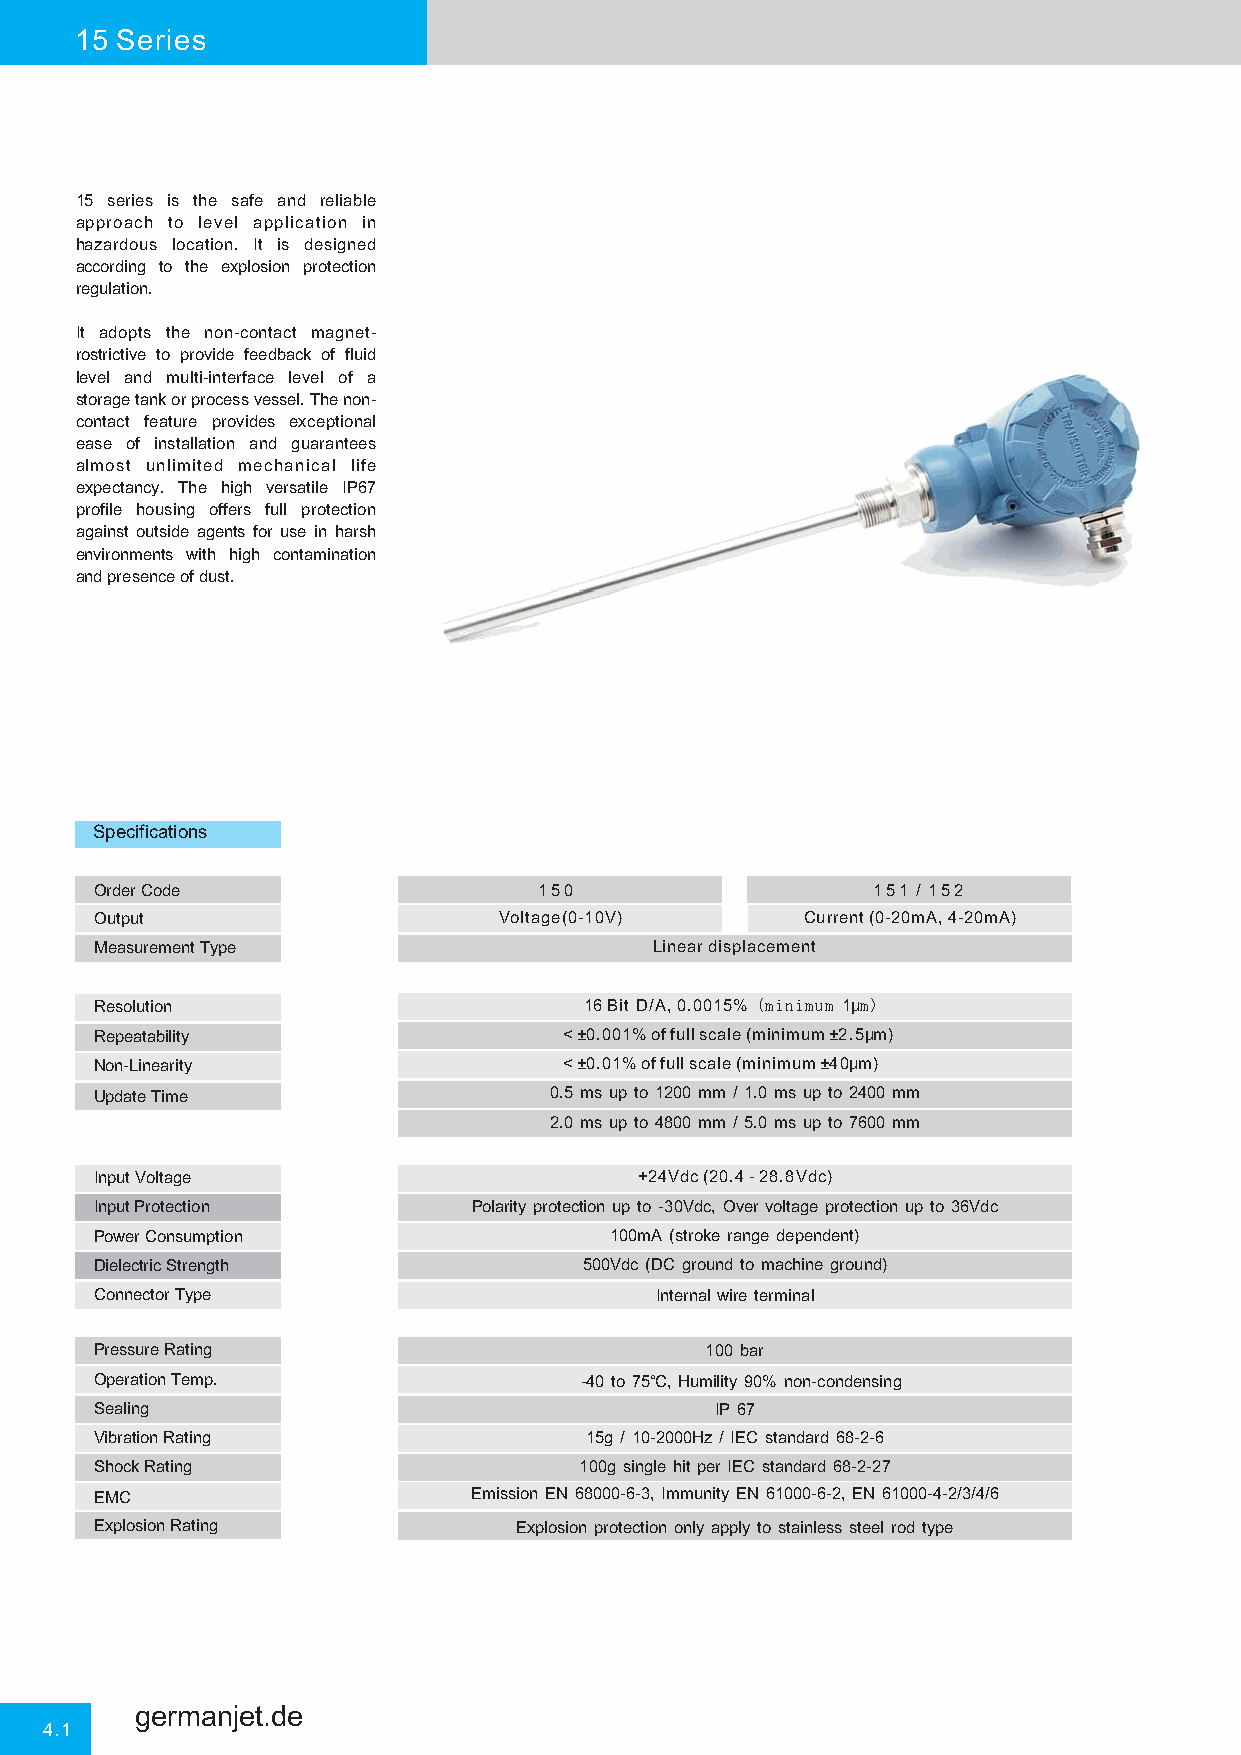
15 Series
 15 series is the safe and reliable
 approach to level application in
 hazardous location. It is designed
 according to the explosion protection
 regulation.
 It adopts the non-contact magnet-
 rostrictive to provide feedback of fluid
 level and multi-interface level of a
 storagetankorprocessvessel.Thenon-
 contact feature provides exceptional
 ease of installation and guarantees
 almost unlimited mechanical life
 expectancy. The high versatile IP67
 profile housing offers full protection
 against outside agents for use in harsh
 environments with high contamination
 and presence of dust.
 Specifications
 Order Code                    150                   151 / 152
 Output                     Voltage(0-10V)      Current (0-20mA, 4-20mA)
 Measurement Type                     Linear displacement
 Resolution                       16 Bit D/A, 0.0015% (minimum 1μm)
 Repeatability                  <±0.001% of full scale (minimum±2.5μm)
 Non-Linearity                  <±0.01% of full scale (minimum±40μm)
 Update Time                   0.5 ms up to 1200 mm / 1.0 ms up to 2400 mm
 2.0 ms up to 4800 mm / 5.0 ms up to 7600 mm
 Input Voltage                       +24Vdc (20.4 - 28.8Vdc)
 Input Protection         Polarity protection up to -30Vdc, Over voltage protection up to 36Vdc
 Power Consumption                 100mA (stroke range dependent)
 Dielectric Strength              500Vdc (DC ground to machine ground)
 Connector Type                       Internal wire terminal
 Pressure Rating                          100 bar
 Operation Temp.                 -40 to 75℃, Humility 90% non-condensing
 Sealing                                  IP 67
 Vibration Rating                 15g / 10-2000Hz / IEC standard 68-2-6
 Shock Rating                    100g single hit per IEC standard 68-2-27
 EMC                      Emission EN 68000-6-3, Immunity EN 61000-6-2, EN 61000-4-2/3/4/6
 Explosion Rating            Explosion protection only apply to stainless steel rod type
 germanjet.de
 4.1